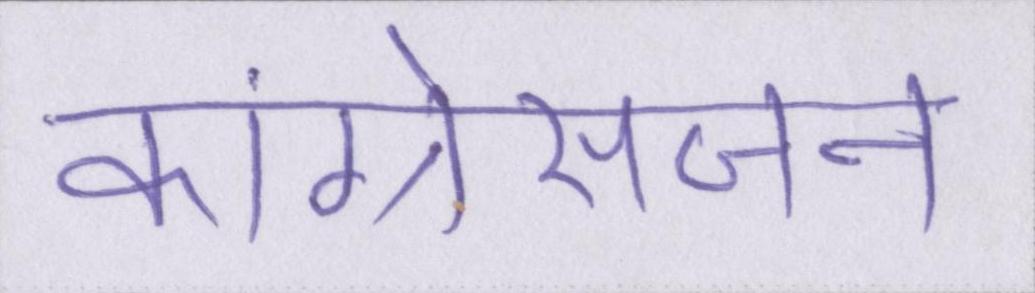
कांग्रेसजन